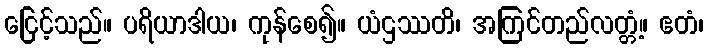
ငြေင့်သည်။ ပရိယာဒါယ၊ ကုန်စေ၍။ ယံဌဿတိ၊ အကြင်တည်လတ္တံ့။ ဧတံ၊